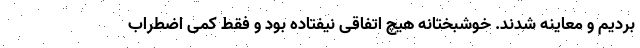
بردیم و معاینه شدند. خوشبختانه هیچ اتفاقی نیفتاده بود و فقط کمی اضطراب